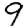
Digit: 9